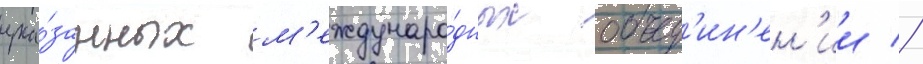
ука́занных м'еждунаро́дных объед'ин'ен'ии //